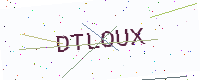
Text: DTLOUX